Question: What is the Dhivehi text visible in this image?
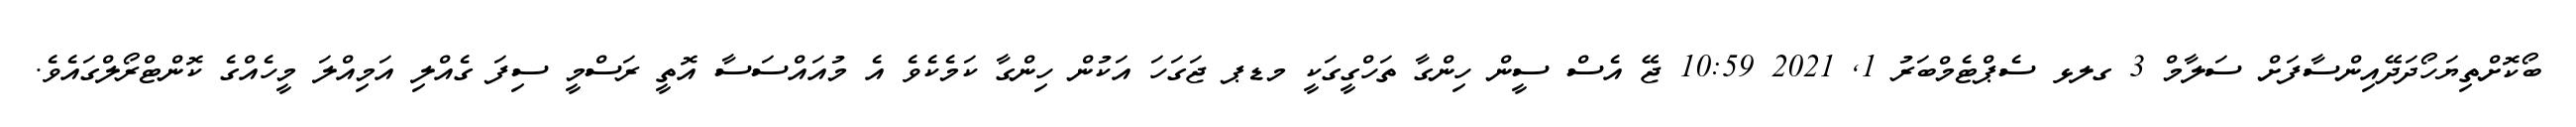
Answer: ބޯކޮށްތިޔަހޯދަދޭއިންސާފަށް ސަލާމް 3 ގލޅ ސެޕްޓެމްބަރު 1, 2021 10:59 ޖޭ އެސް ސީން ހިންގާ ތަހްގީގަކީ މޑޕ ޖަގަހަ އަކުން ހިންގާ ކަމެކެވެ އެ މުއައްސަސާ އޮތީ ރަސްމީ ސިފަ ގެއްލި އަމިއްލަ މީހެއްގެ ކޮންޓްރޯލްގައެވެ.